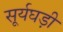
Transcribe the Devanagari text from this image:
सूर्यघड़ी